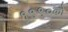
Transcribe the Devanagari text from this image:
१९९०को